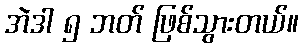
အဲဒါ ၅ ဘတ် ဖြစ်သွားတယ်။